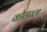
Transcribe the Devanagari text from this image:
कोठारला